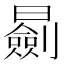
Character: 𣋽